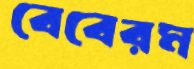
বেবেরম